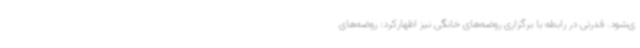
ی‌شود. قدرتی در رابطه با برگزاری روضه‌های خانگی نیز اظهارکرد: روضه‌های